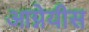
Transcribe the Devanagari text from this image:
आग्नेयीस